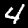
Digit: 4